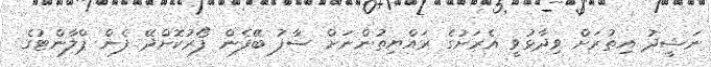
ނަޝީދު އިތުރަށް ވިދާޅުވީ އެރަށުގެ ރައްޔިތުންނަށް ސާފު ބޭފެން ފޯރުކޮށްދޭ ފެން ޕްލާންޓުގެ